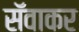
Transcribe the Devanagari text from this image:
सॅवाकर